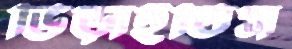
ভিড়াইতিস